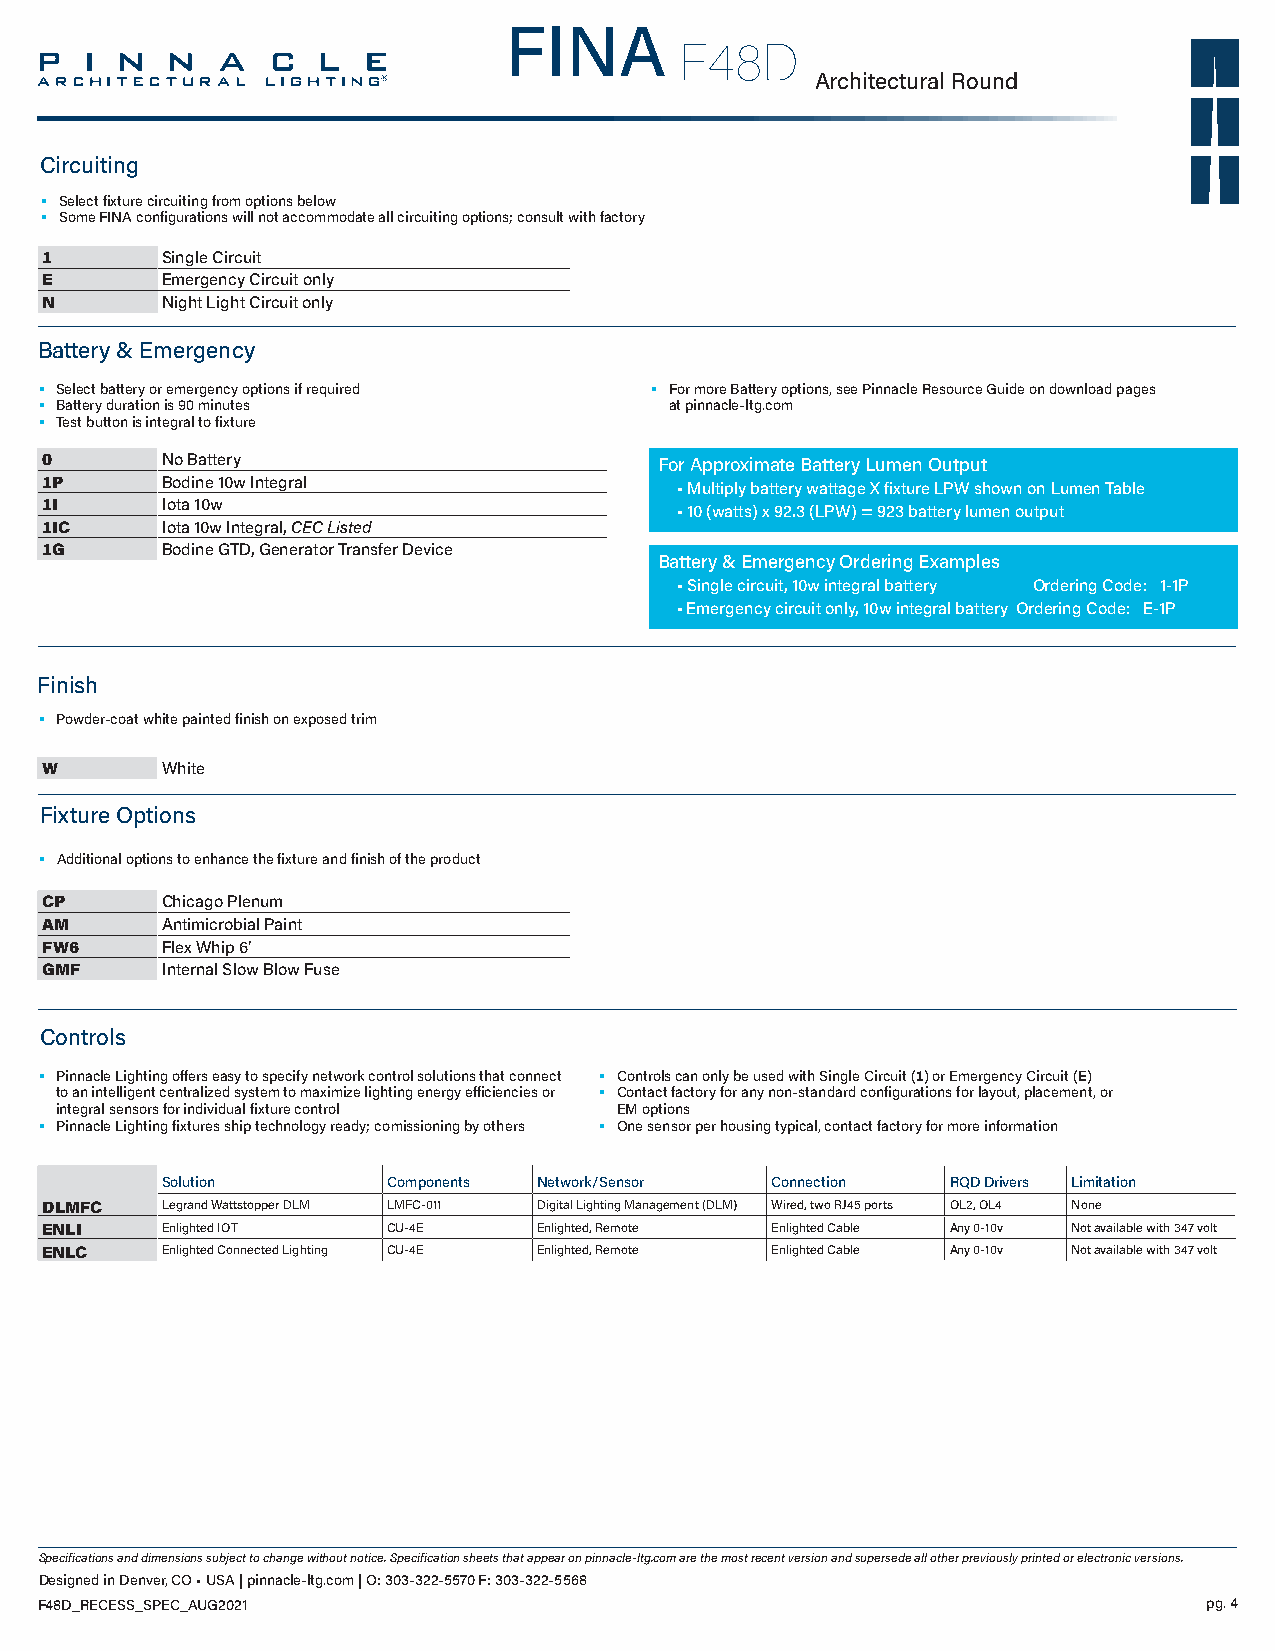
FINA
 F48D
 Architectural Round
 Circuiting
 • Select fixture circuiting from options below
 • Some FINA configurations will not accommodate all circuiting options; consult with factory
 1       Single Circuit
 E       Emergency Circuit only
 N       Night Light Circuit only
 Battery & Emergency
 • Select battery or emergency options if required • For more Battery options, see Pinnacle Resource Guide on download pages
 • Battery duration is 90 minutes          at pinnacle-ltg.com
 • Test button is integral to fixture
 0       No Battery                       For Approximate Battery Lumen Output
 1P      Bodine 10w Integral               • Multiply battery wattage X fixture LPW shown on Lumen Table
 1I      Iota 10w
 • 10 (watts) x 92.3 (LPW) = 923 battery lumen output
 1IC     Iota 10w Integral, CEC Listed
 1G      Bodine GTD, Generator Transfer Device
 Battery & Emergency Ordering Examples
 • Single circuit, 10w integral battery Ordering Code: 1-1P
 • Emergency circuit only, 10w integral battery Ordering Code: E-1P
 Finish
 • Powder-coat white painted finish on exposed trim
 W       White
 Fixture Options
 • Additional options to enhance the fixture and finish of the product
 CP      Chicago Plenum
 AM      Antimicrobial Paint
 FW6     Flex Whip 6’
 GMF     Internal Slow Blow Fuse
 Controls
 • Pinnacle Lighting offers easy to specify network control solutions that connect • Controls can only be used with Single Circuit (1) or Emergency Circuit (E)
 to an intelligent centralized system to maximize lighting energy efficiencies or • Contact factory for any non-standard configurations for layout, placement, or
 integral sensors for individual fixture control EM options
 • Pinnacle Lighting fixtures ship technology ready; comissioning by others • One sensor per housing typical, contact factory for more information
 Solution       Components Network/Sensor Connection RQD Drivers Limitation
 DLMFC   Legrand Wattstopper DLM LMFC-011 Digital Lighting Management (DLM) Wired, two RJ45 ports OL2, OL4 None
 ENLI    Enlighted IOT  CU-4E     Enlighted, Remote Enlighted Cable Any 0-10v Not available with 347 volt
 ENLC    Enlighted Connected Lighting CU-4E Enlighted, Remote Enlighted Cable Any 0-10v Not available with 347 volt
 Specifications and dimensions subject to change without notice. Specification sheets that appear on pinnacle-ltg.com are the most recent version and supersede all other previously printed or electronic versions.
 Designed in Denver, CO • USA | pinnacle-ltg.com | O: 303-322-5570 F: 303-322-5568
 F48D_RECESS_SPEC_AUG2021                                                      pg. 4